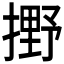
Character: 𫽼